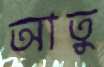
আতু